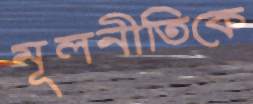
মূলনীতিকে